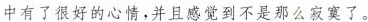
中有了很好的心情，并且感觉到不是那么寂寞了。